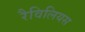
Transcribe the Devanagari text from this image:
रैविलियस